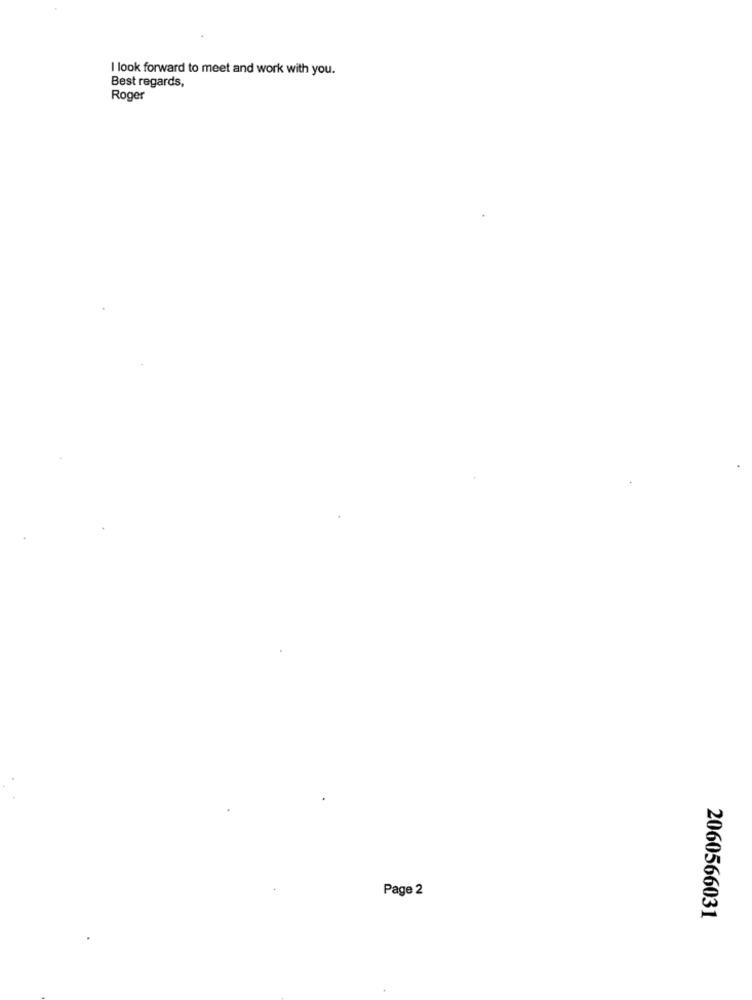
I look forward to meet and work with you.
Best regards,
Roger
Page 2
2060566031